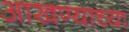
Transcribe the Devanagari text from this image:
आखण्याच्या